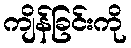
ကျိန်ခြင်းကို